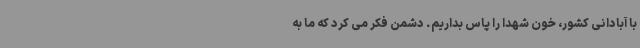
با آبادانی کشور، خون شهدا را پاس بداریم. دشمن فکر می کرد که ما به